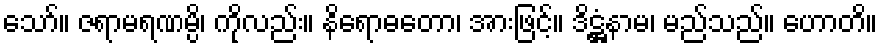
သော်။ ဇရာမရဏမ္ပိ၊ ကိုလည်း။ နိရောဓတော၊ အားဖြင့်။ ဒိဋ္ဌံနာမ၊ မည်သည်။ ဟောတိ။